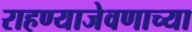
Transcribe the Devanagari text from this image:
राहण्याजेवणाच्या